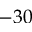
- 3 0